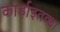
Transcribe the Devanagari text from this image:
कार्डाइतक्या